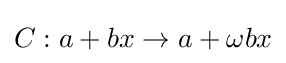
C:a+bx\rightarrow a+\omega bx